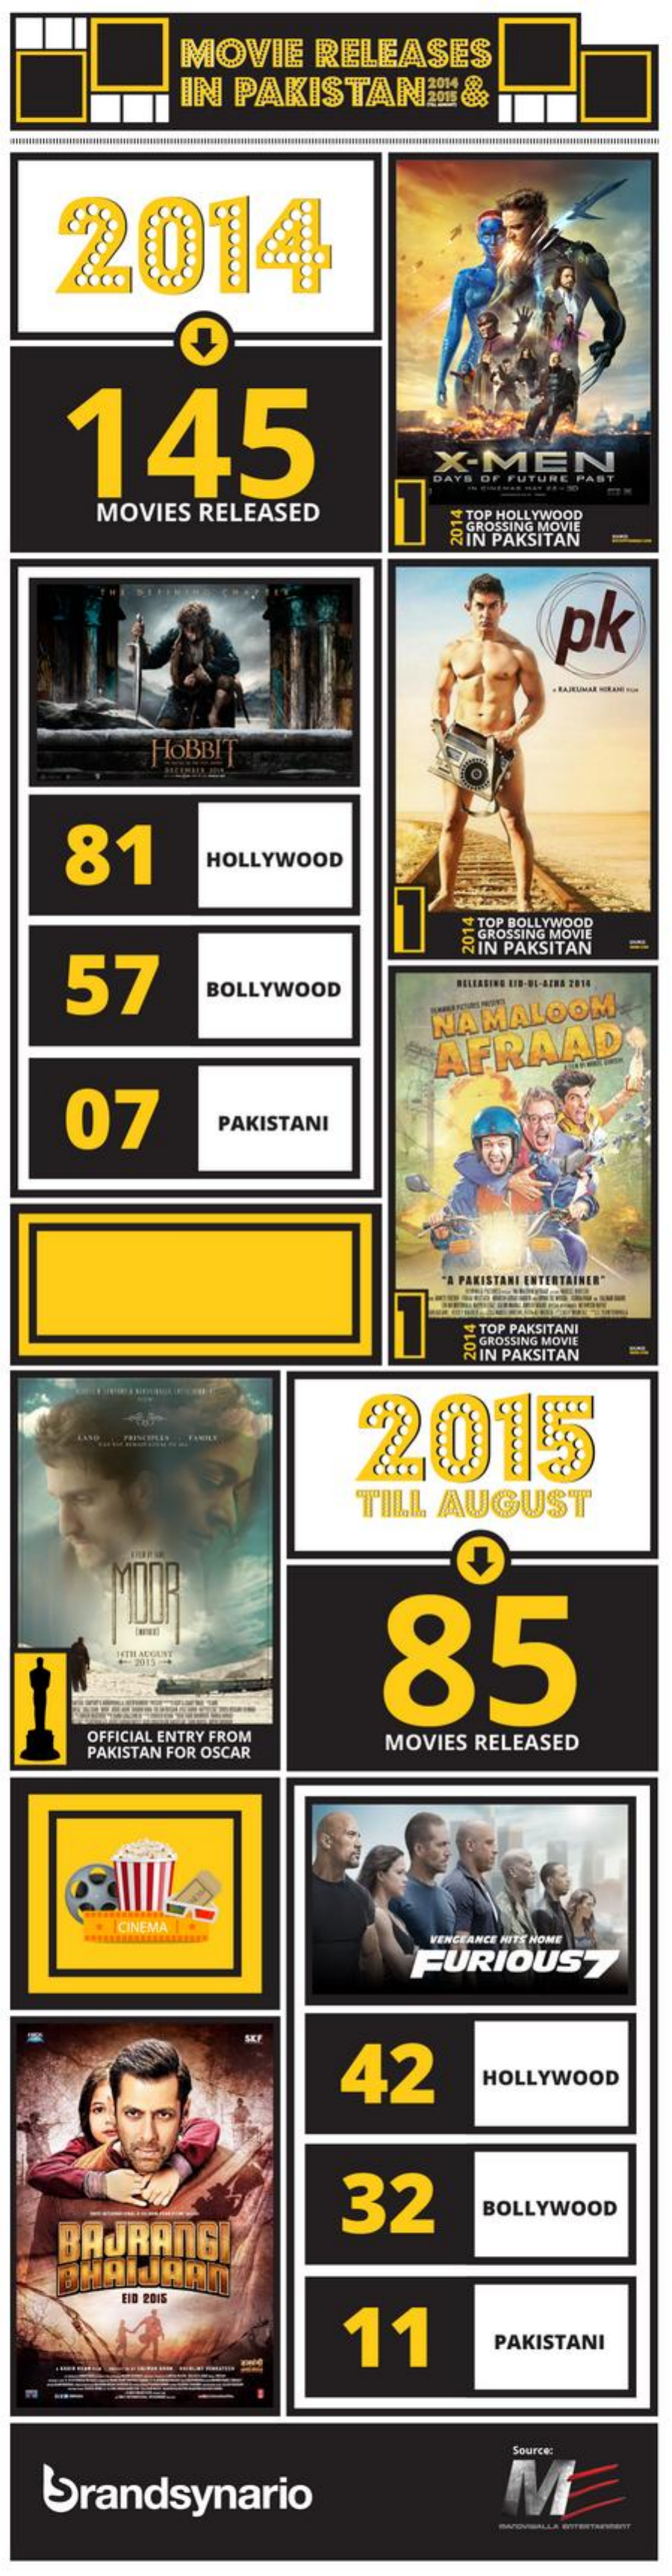
MOVIE   RELEASES
     IN PAKISTAN:%&
    2014
    145
     X-MEN
     DAYS OF FUTURE PAST
     MOVIES RELEASED    Y TOP HOLLYWOOD
     GROSSING M N PAKSITAN
     pk
     HOBBIT
    81    HOLLYWOOD
     TOP BOLLYWOOD
    57
     & IN PAKSITAN
     BOLLYWOOD
     NAMALOOM
     AFRAAD
    07    PAKISTANI
     PAKISTANI ENTERTAINER"
     TOP PAKSITANI
     GROSSING MOVIE
     & IN PAKSITAN
     2015
     TILL AUGUST
     MOOR
     85
     14THE MEGUNT
     2915
     OFFICIAL ENTRY FROM
     PAKISTAN FOR OSCAR
     MOVIES RELEASED
     CINEMA
     VENCEANCE NUTS NOME
     FURIOUS7
     SEP
     42    HOLLYWOOD
     32
    BAJRANGI
     BOLLYWOOD
    BHAIJAAN
     EID 2015
     11    PAKISTANI
     Source:
   Srandsynario    M